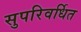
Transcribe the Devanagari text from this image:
सुपरिवर्धित